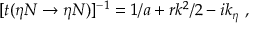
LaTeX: [ t ( \eta N \rightarrow \eta N ) ] ^ { - 1 } = 1 / a + r k ^ { 2 } / 2 - i k _ { \eta } ~ ,